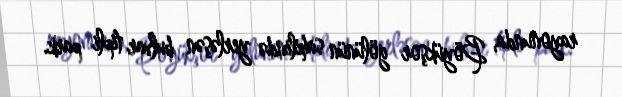
rayonunda, Böyükşor gölünün sahilində yerləşən bulvar tipli park.